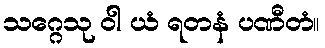
သဂ္ဂေသု ဝါ ယံ ရတနံ ပဏီတံ။